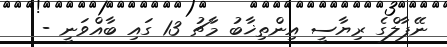
ނޭޕާލްގެ ރިޔާސީ އިންތިޚާބު މާޗު 13 ގައި ބާއްވަނީ -